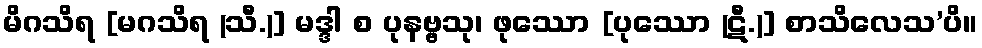
မိဂသိရ [မဂသိရ (သီ.)] မဒ္ဒါ စ ပုနဗ္ဗသု၊ ဖုဿော [ပုဿော (ဋီ.)] စာသိလေသ’ပိ။